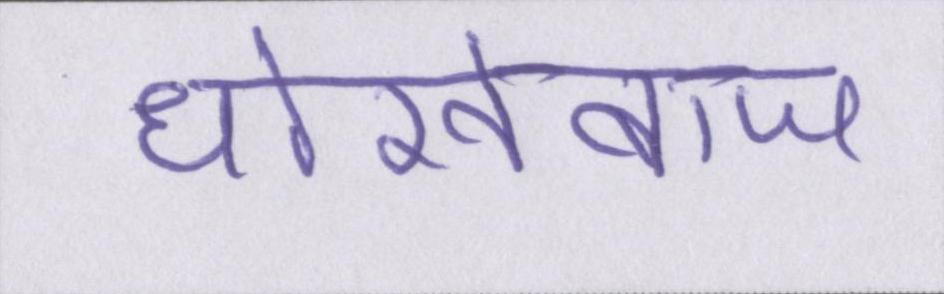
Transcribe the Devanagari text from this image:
धोखेबाज